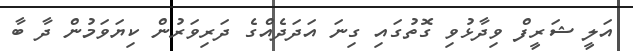
އަލީ ޝަރީފް ވިދާޅުވި ގޮތުގައި ގިނަ އަދަދެއްގެ ދަރިވަރުން ކިޔަވަމުން ދާ ބާ